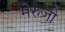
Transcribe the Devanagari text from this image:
भेरुजी